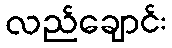
လည်ချောင်း